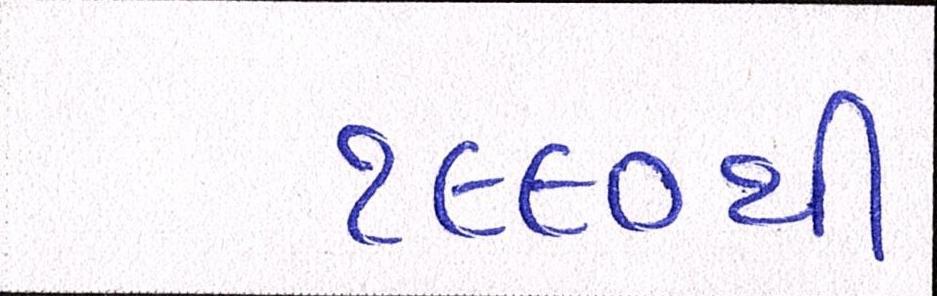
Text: ૧૯૯૦થી